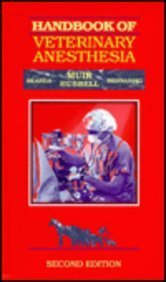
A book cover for Hdbk of Veterinary Anesthesia; William W. Muir; Medical Books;